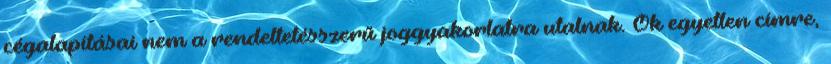
cégalapításai nem a rendeltetésszerű joggyakorlatra utalnak. Ők egyetlen címre,